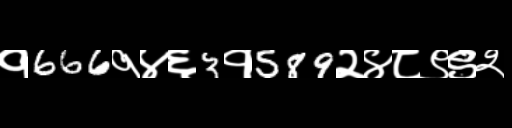
Text: १666१४६3१589२४८९९२